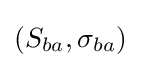
(S_{ba},\sigma _{ba})